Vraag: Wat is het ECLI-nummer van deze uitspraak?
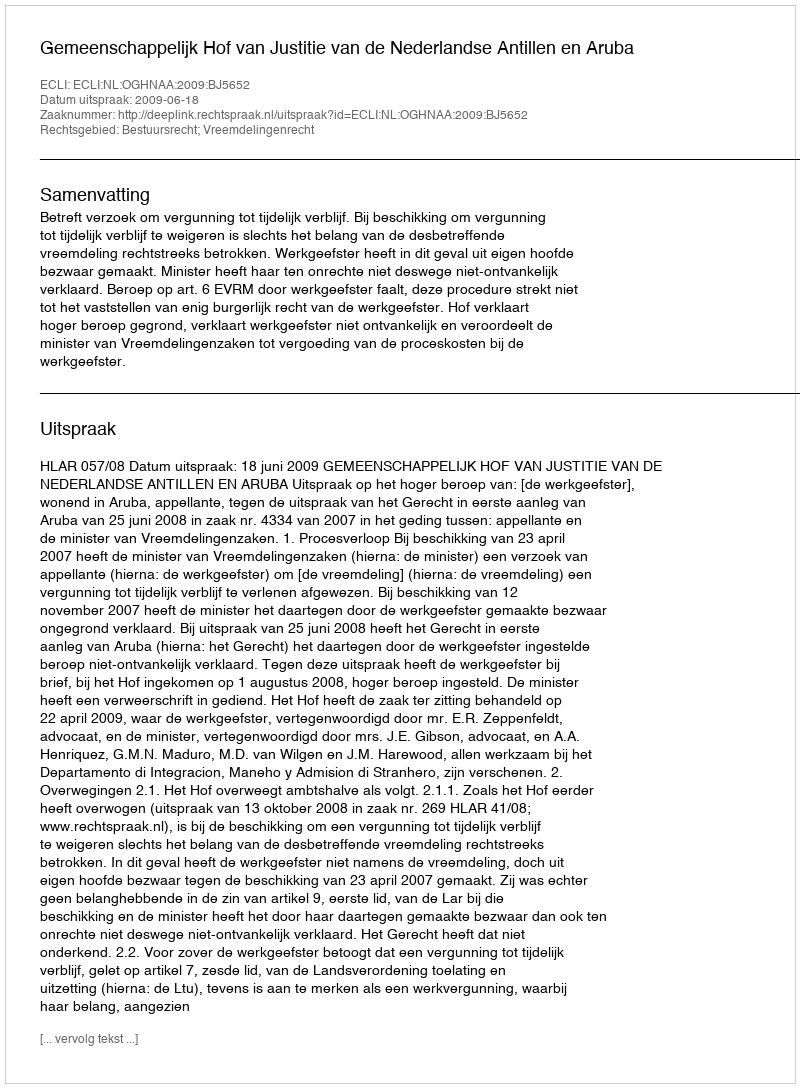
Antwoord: ECLI:NL:OGHNAA:2009:BJ5652